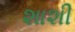
શાશી